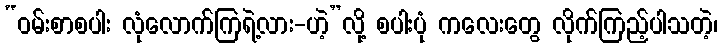
“ဝမ်းစာစပါး လုံလောက်ကြရဲ့လား-ဟဲ့”လို့ စပါးပုံ ကလေးတွေ လိုက်ကြည့်ပါသတဲ့၊